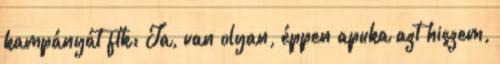
kampányát ftk: Ja, van olyan, éppen apuka azt hiszem,